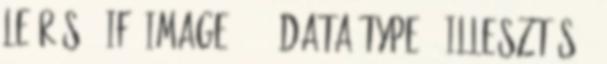
Leírás # if 'image' === data.type # Illesztés #